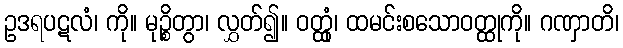
ဥဒရပဋလံ၊ ကို။ မုဉ္စိတွာ၊ လွှတ်၍။ ဝတ္ထုံ၊ ထမင်းစသောဝတ္ထုကို။ ဂဏှာတိ၊